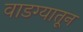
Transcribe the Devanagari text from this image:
वाडग्यातून